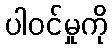
ပါဝင်မှုကို